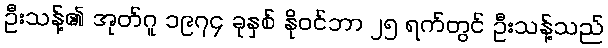
ဦးသန့်၏ အုတ်ဂူ ၁၉၇၄ ခုနှစ် နိုဝင်ဘာ ၂၅ ရက်တွင် ဦးသန့်သည်